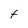
Character: t